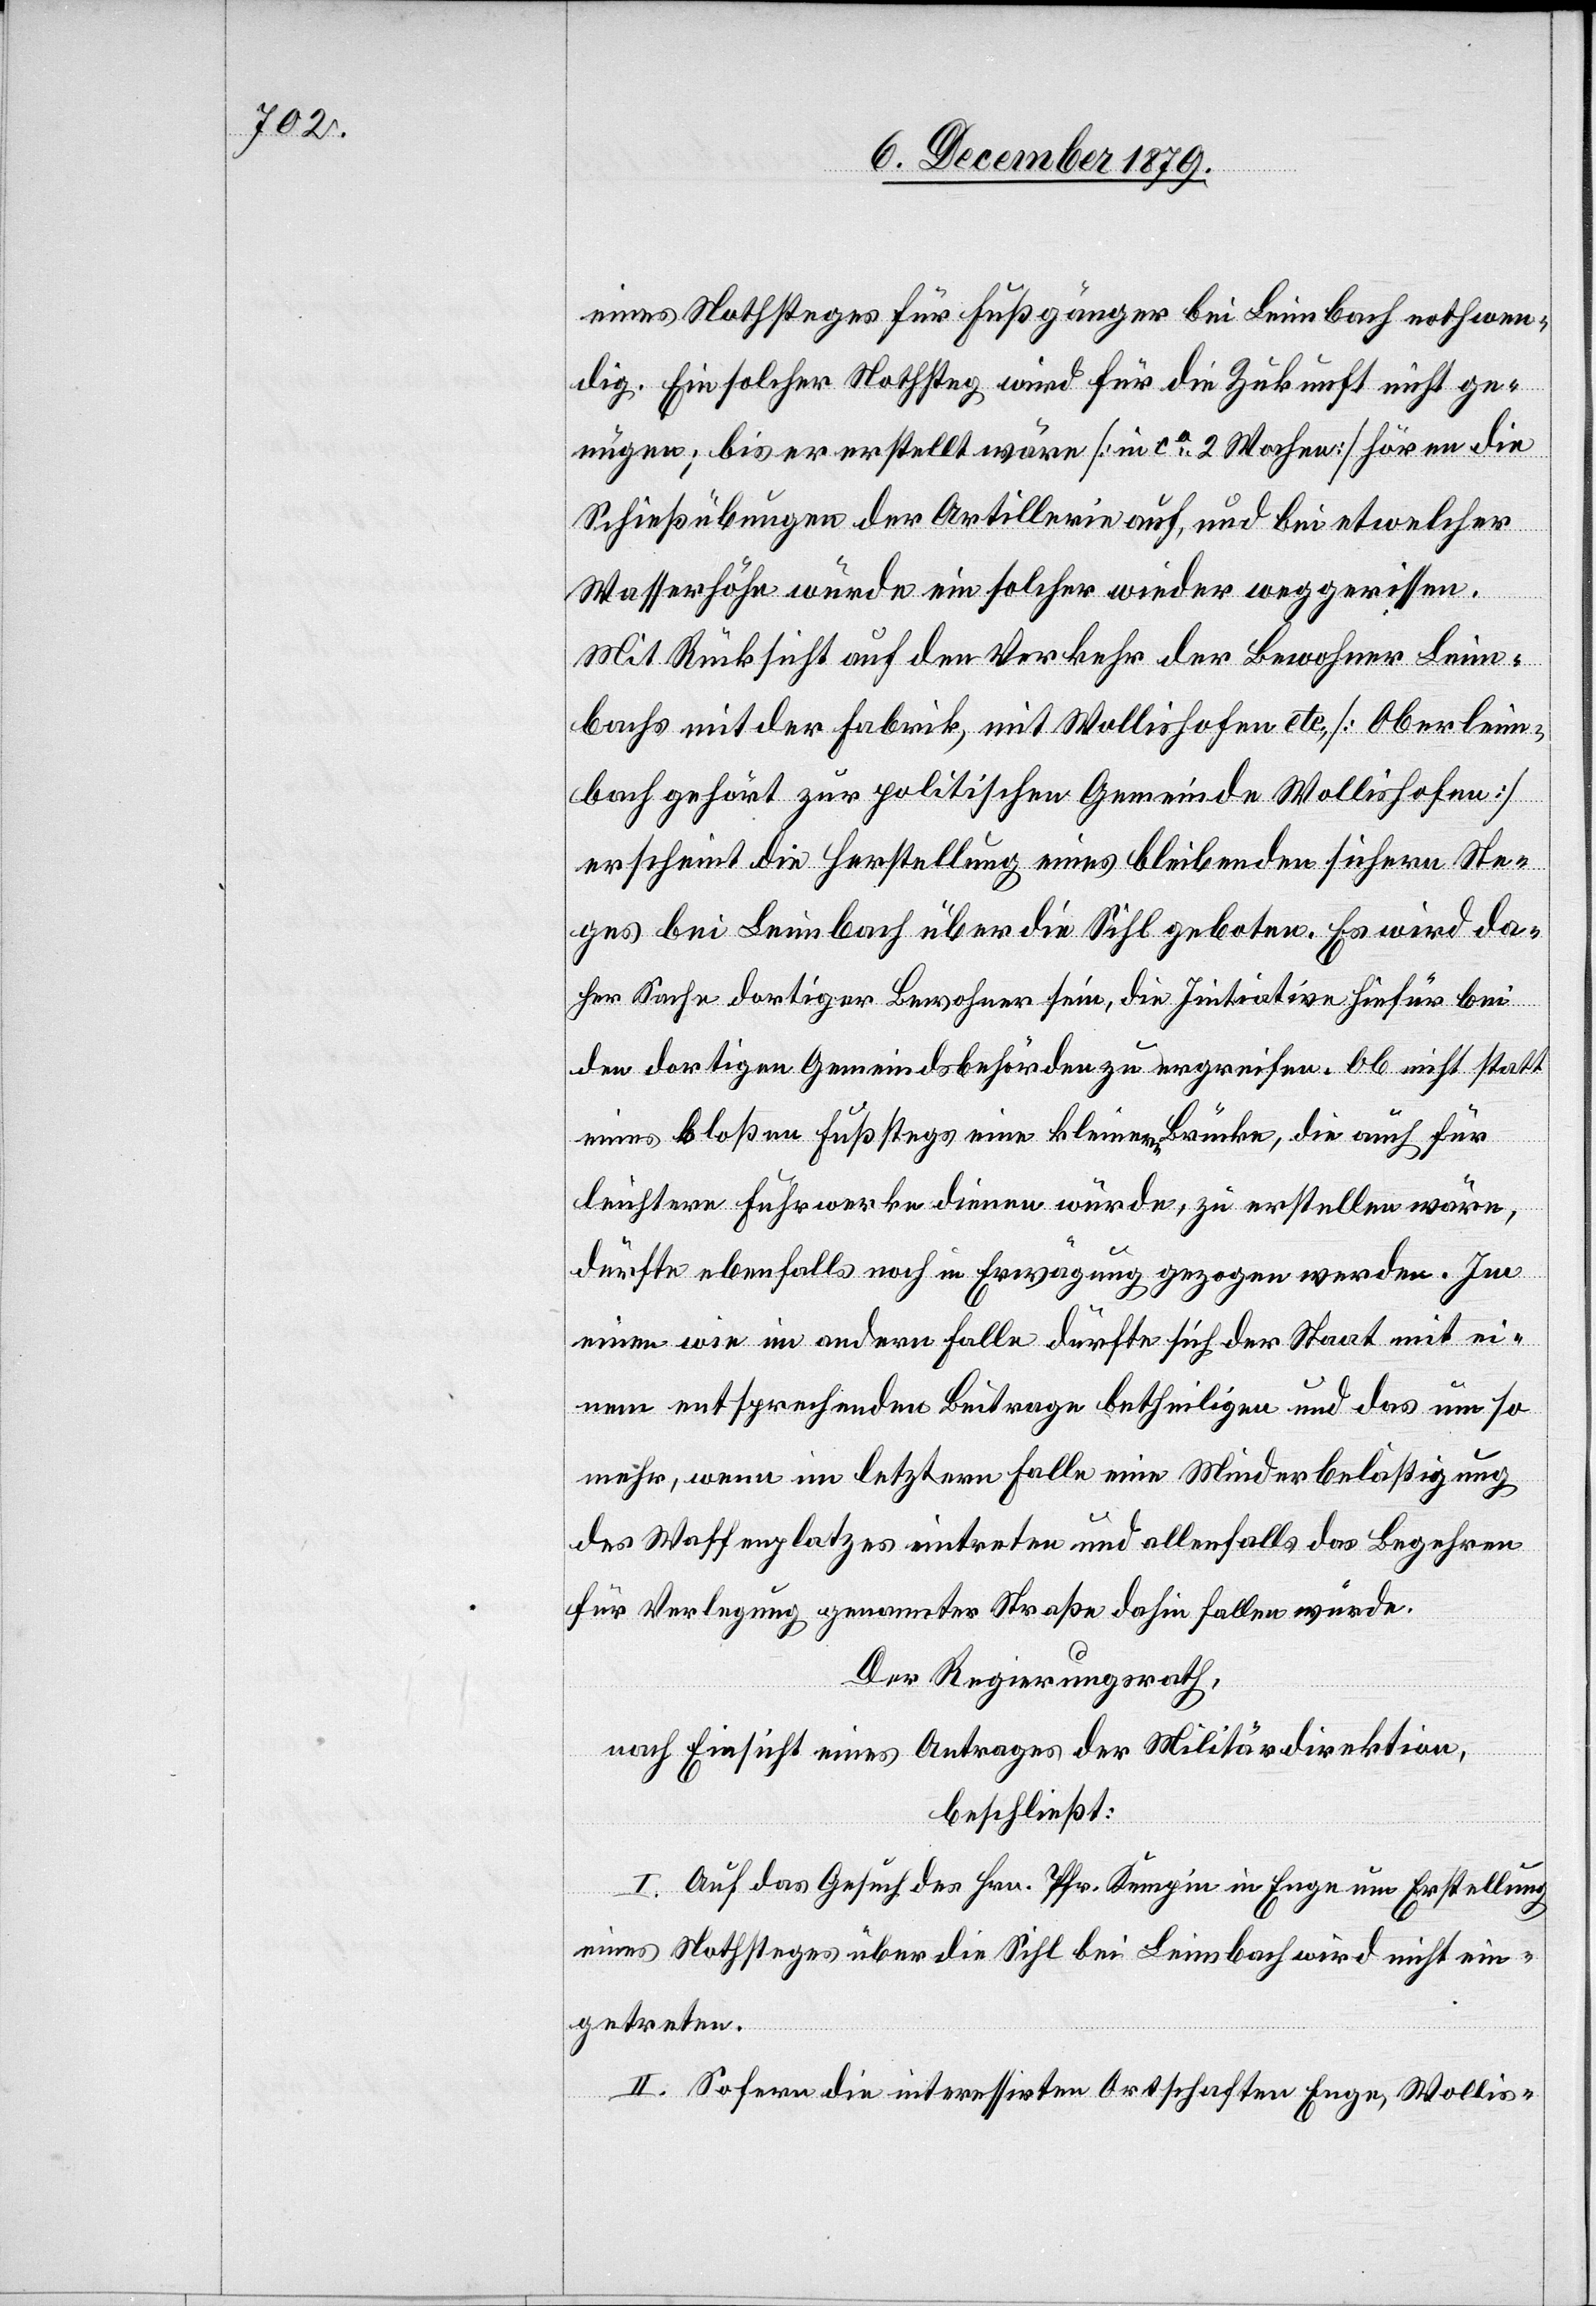
eines Nothsteges für Fußgänger bei Leimbach nothwen¬
dig. Ein solcher Nothsteg wird für die Zukunft nicht ge¬
nügen; bis er erstellt wäre [in ca 2 Wochen] hören die
Schießübungen der Artillerie auf, und bei etwelcher
Wasserhöhe würde ein solcher wieder weggerissen.
Mit Rücksicht auf den Verkehr der Bewohner Leim¬
bachs mit der Fabrik, mit Wollishofen etc, [Oberleim¬
bach gehört zur politischen Gemeinde Wollishofen]
erscheint die Herstellung eines bleibenden sichern Ste¬
ges bei Leimbach über die Sihl geboten. Es wird da¬
her Sache dortiger Bewohner sein, die Initiative hiefür bei
den dortigen Gemeindsbehörden zu ergreifen. Ob nicht statt
eines bloßen Fußsteges eine kleine Brücke, die auch für
leichtere Fuhrwerke dienen würde, zu erstellen wäre,
dürfte ebenfalls noch in Erwägung gezogen werden. Im
einen wie im andern Falle dürfte sich der Staat mit ei¬
nem entsprechenden Beitrage betheiligen und das um so
mehr, wenn im letztern Falle eine Minderbelästigung
des Waffenplatzes eintreten und allenfalls das Begehren
für Verlegung genannter Straße dahin fallen würde.
Der Regierungsrath,
nach Einsicht eines Antrages der Militärdirektion,
beschließt:
I. Auf das Gesuch des Hrn. Pfr. Kempin in Enge um Erstellung
eines Nothsteges über die Sihl bei Leimbach wird nicht ein¬
getreten.
II. Sofern die interessirten Ortschaften Enge, Wollis-